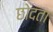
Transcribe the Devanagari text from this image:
छोदता